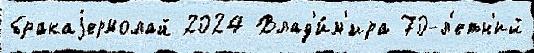
бракаjермолай 2024 Влад'и́м'ира 70-л'етн'ий